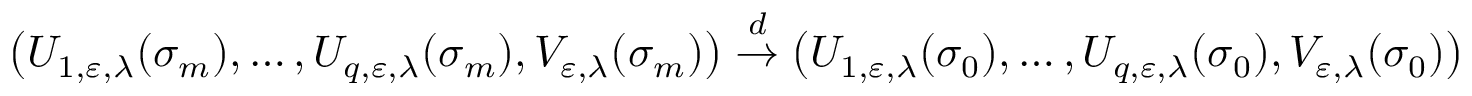
\bigl ( U _ { 1 , \varepsilon , \lambda } ( \sigma _ { m } ) , \ldots , U _ { q , \varepsilon , \lambda } ( \sigma _ { m } ) , V _ { \varepsilon , \lambda } ( \sigma _ { m } ) \bigr ) \stackrel { d } { \to } \bigl ( U _ { 1 , \varepsilon , \lambda } ( \sigma _ { 0 } ) , \ldots , U _ { q , \varepsilon , \lambda } ( \sigma _ { 0 } ) , V _ { \varepsilon , \lambda } ( \sigma _ { 0 } ) \bigr )